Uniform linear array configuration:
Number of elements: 24
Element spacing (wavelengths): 0.75
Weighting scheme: hamming
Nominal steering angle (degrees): -60
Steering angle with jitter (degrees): -58.704
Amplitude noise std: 0.05
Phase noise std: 0.05

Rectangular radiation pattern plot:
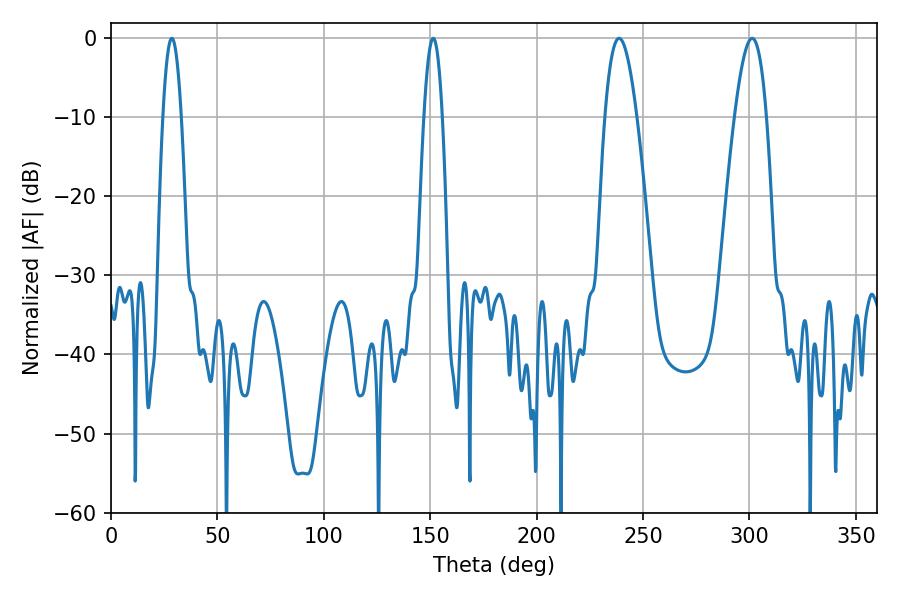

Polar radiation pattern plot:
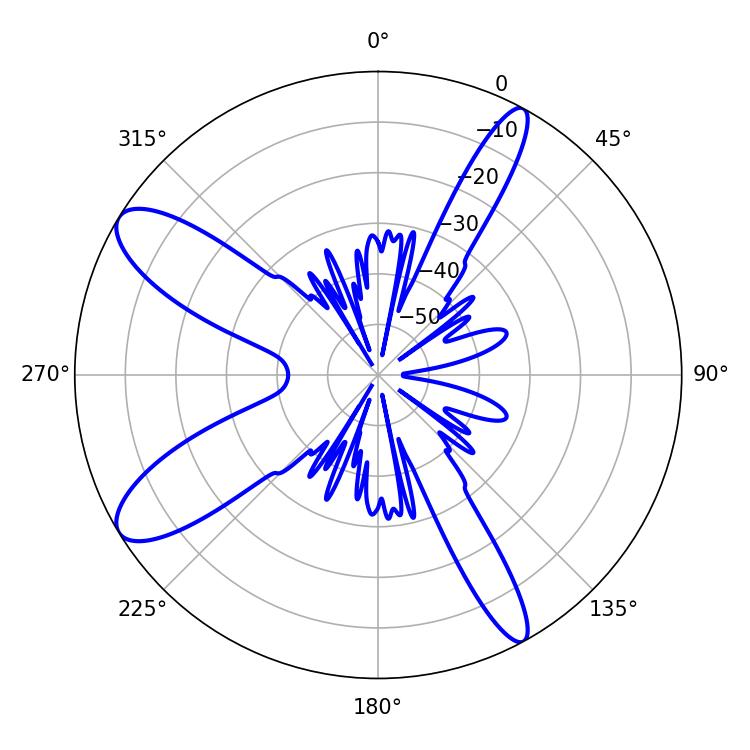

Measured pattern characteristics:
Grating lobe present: TRUE
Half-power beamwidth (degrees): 4.68
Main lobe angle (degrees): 151.38